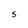
Character: S